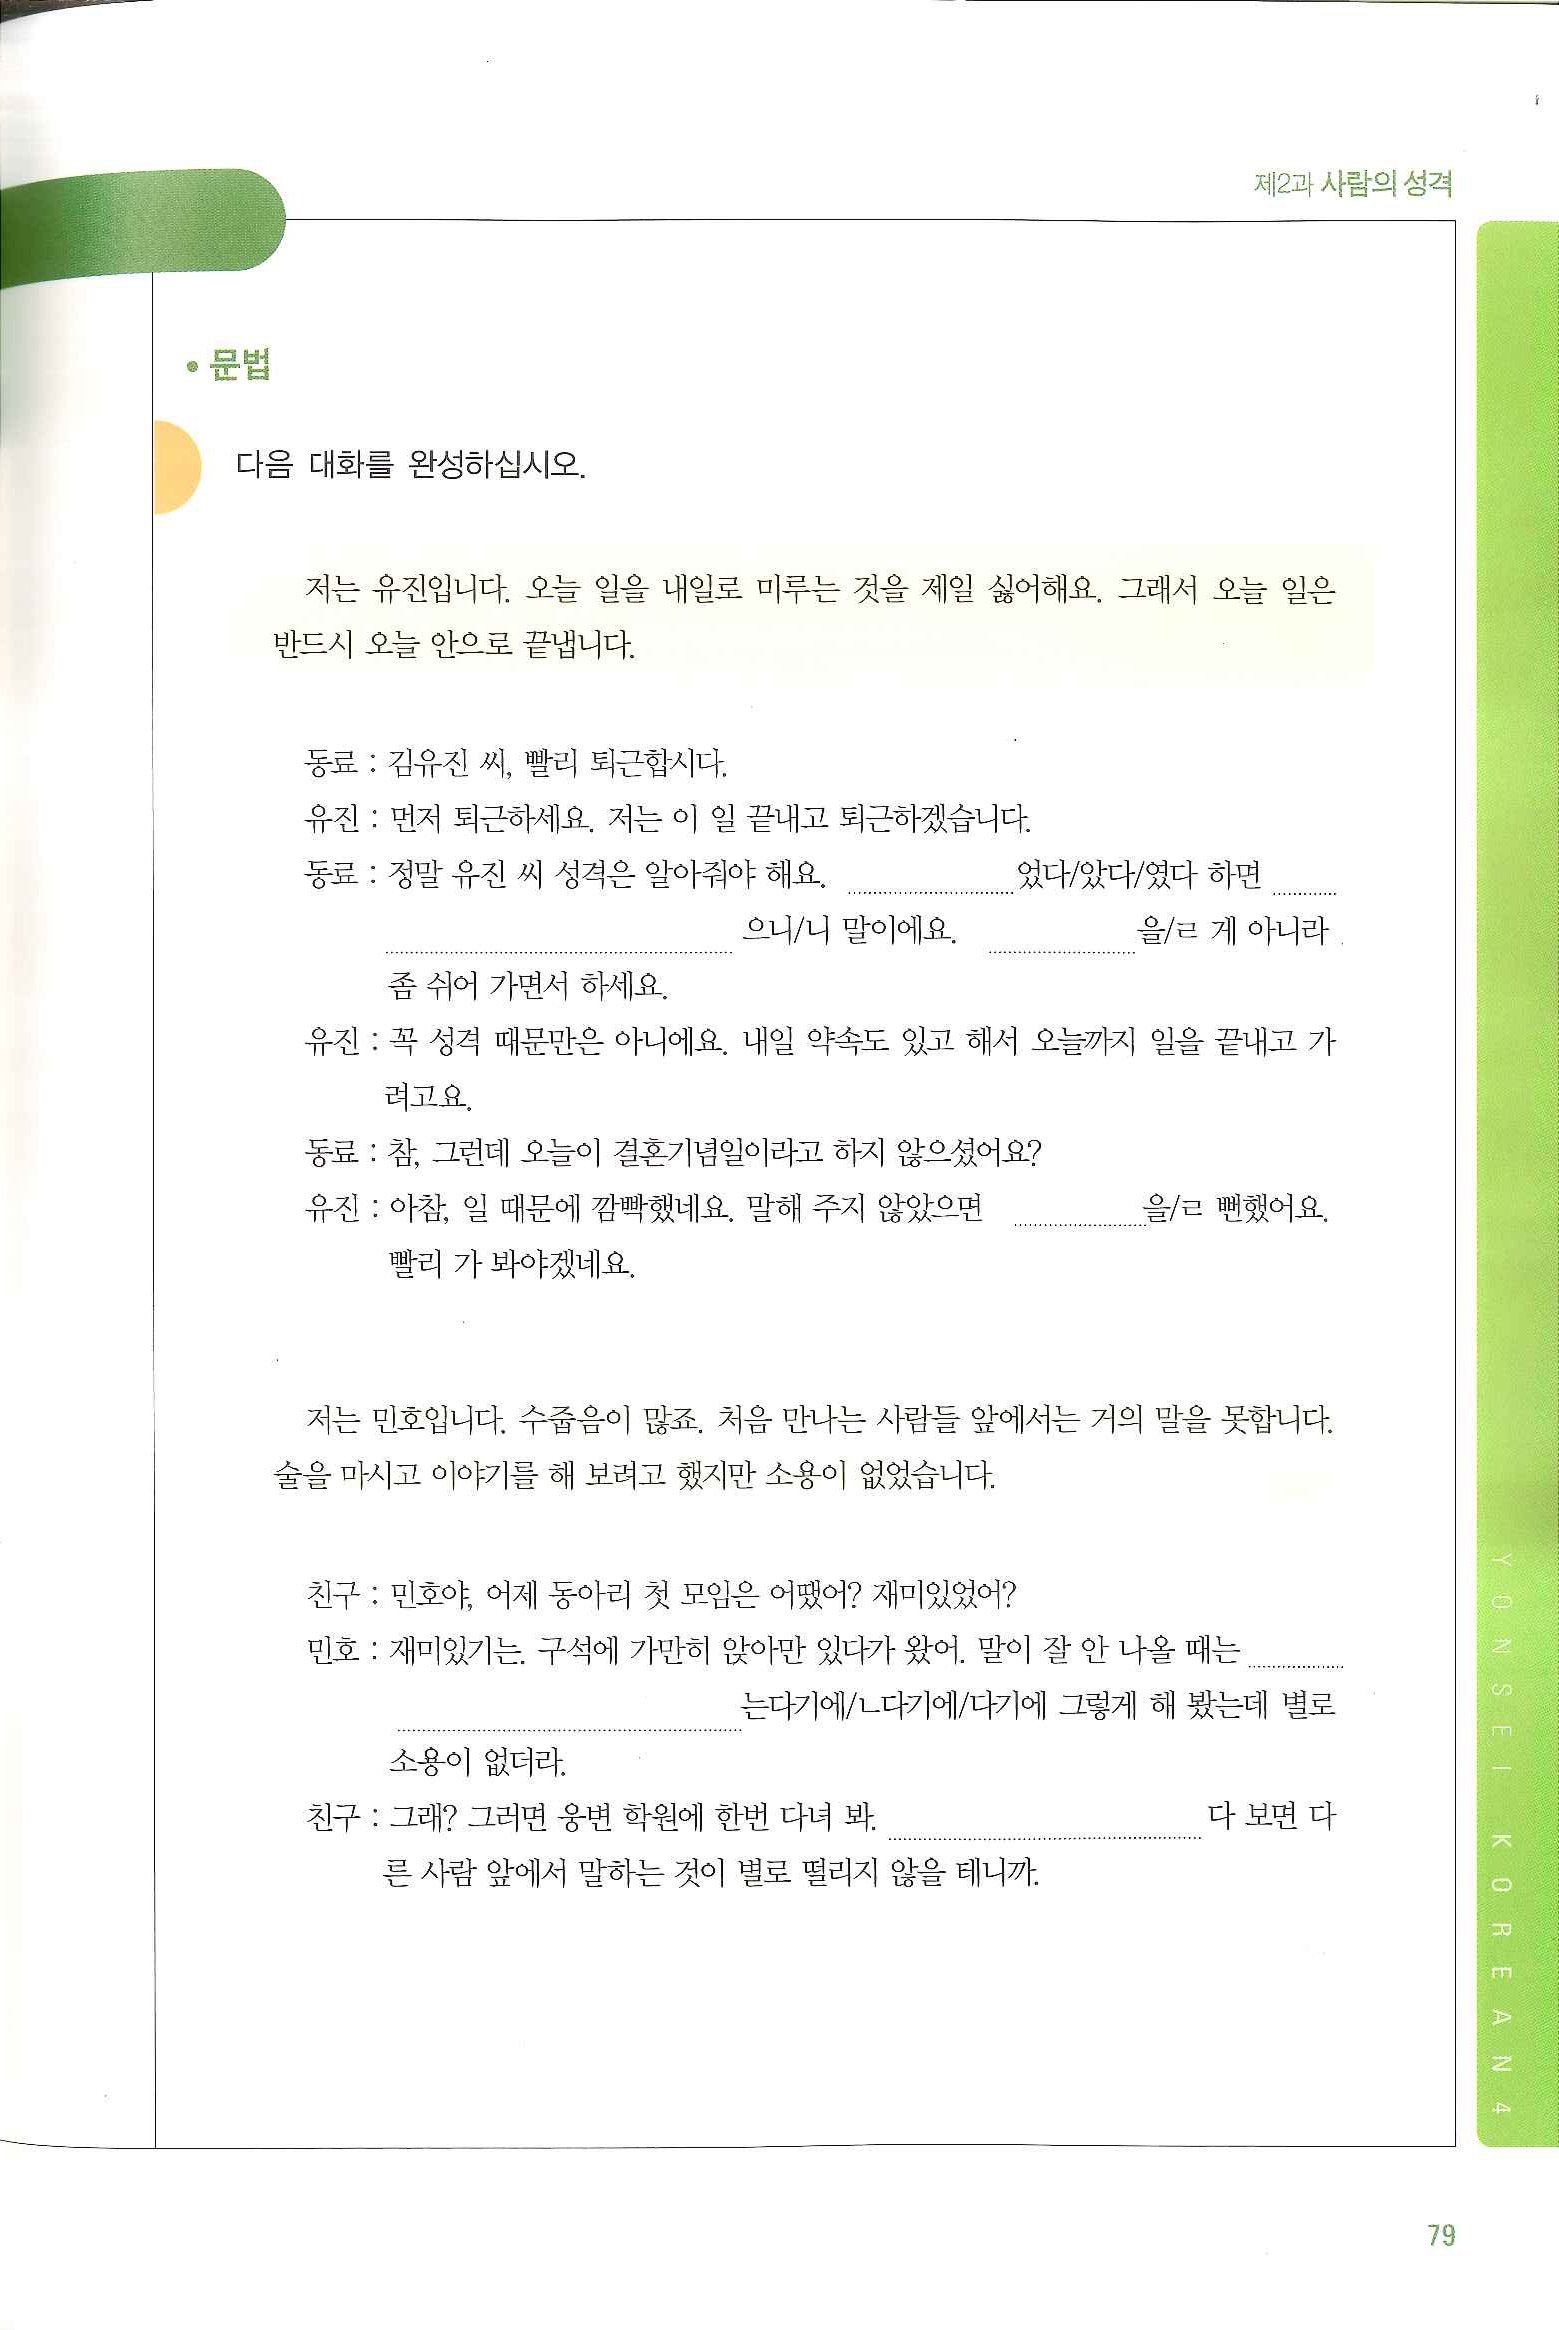
Language: ko